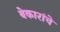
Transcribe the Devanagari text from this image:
बेकारांचे